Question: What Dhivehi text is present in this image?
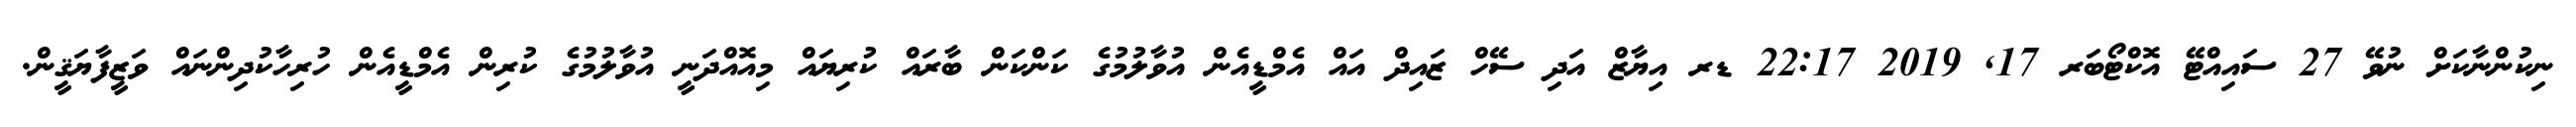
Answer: ނިކުންނާކަށް ނުވޭ 27 ސައިއްޓޭ އޮކްޓޯބަރ 17, 2019 22:17 ޑރ އިޔާޒް އަދި ސޭހް ޒައިދް އައް އެމްޑީއެން އުވާލުމުގެ ކަންކަން ބާރައް ކުރިޔައް މިއޮއްދަނީ އުވާލުމުގެ ކުރިން އެމްޑީއެން ހުރިހާކުދިންނައް ވަޒީފާޔަޤީން.